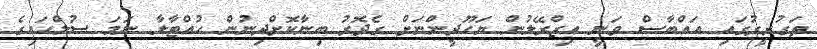
ތަގުރީރުގައި އައްބާސް ވަނީ އިޒްރޭލުން ޔަހޫދީންނަށް ގެދޮރު ބިނާކޮށްދިނުން ހުއްޓާލާ ނަމަ ސުލްހައިގެ